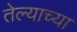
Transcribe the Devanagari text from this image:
तेल्याच्या